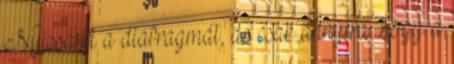
Nyissa ki a diafragmát, de csak annyira, hogy a